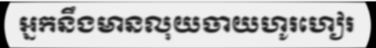
អ្នកនឹងមានលុយចាយហូរហៀរ